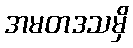
အမတဒသမှိ